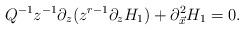
LaTeX: \begin{align*}Q^{-1}z^{-1}\partial_{z}(z^{r-1}\partial_z H_{1})+\partial^{2}_{\vec{x}}H_{1}=0.\end{align*}